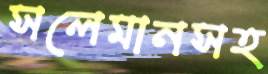
সলেমানসহ